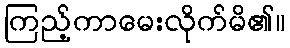
ကြည့်ကာမေးလိုက်မိ၏။